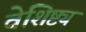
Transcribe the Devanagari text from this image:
वेशिष्ट्य